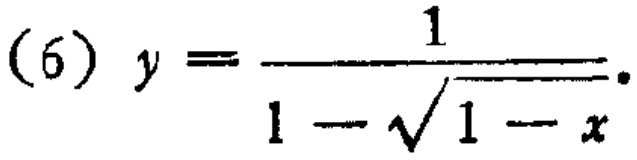
\((6)\ y = \frac{1}{1 - \sqrt{1 - x}}.\)